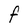
Character: F